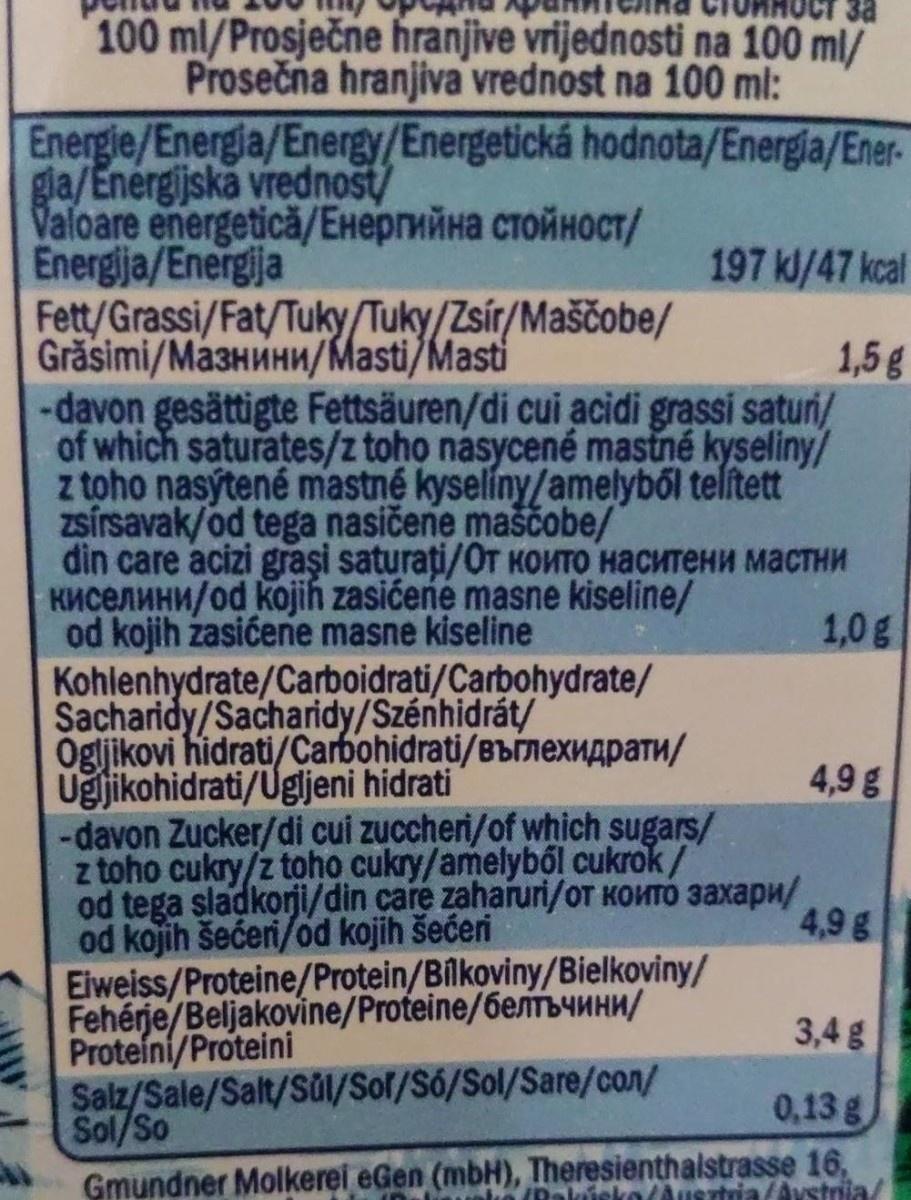
3a
100 ml/Prosječne hranjive vrijednosti na 100 ml/
Prosečna hranjiva vrednost na 100 ml:
Energie/Energia/Energy/Energetická hodnota/Energia/Ener- gla/Enérgijska vrednost/ Valoare energetica/Eнергийна стойност/ Energija/Energija Fett/Grassi/Fat/Tuky/Tuky/Zsír/Maščobe/
197 kl/47 kcal
Grăsimi/Ma3HMHW/lastsir/Maščobe/ -davon gesättigte Fettsäuren/di cui acidi grassi saturi/ of which saturates/z toho nasycené mastné kyseliny/ z toho nasýtené mastné kyselíny/amelyből telített zsírsavak/od tega nasičene maščobe/ din care acizi graşi saturați/OT KONTO HACHTEHN MACTHN KUCEANHN/od kojih zasićené masne kiseline/ od kojih zasićene masne kiseline Kohlenhydrate/Carboidrati/Carbohydrate/ Sacharidy/Sacharidy/Szénhidrát/ Ögljikovi hidrati/Carbohidrati/Bbrnexnapatu/ Ugjikohidrati/Ugljeni hidrati -davon Zucker/di cui zuccheri/of which sugars/ z toho cukry/z toho cukry/amelyből cukrok / od tega sladkorji/din care zaharuri/oT KOHTÓ 3axapu/ od kojih šećeri/od kojih šećeri Eiweiss/Proteine/Protein/Bilkoviny/Bielkoviny/ Fehérje/Beljakovine/Proteine/6emb4UH/ Proteíni/Proteini Salz/Sale/Salt/Sůl/Sof/Só/Sol/Sare/con/ Sol/So Gmundner Molkerei eGen (mbH), Theresienthalstrasse 16,
1,5g
1,0g
4,9 g
4,9g
3,4g
0,13 g
Rakúeko/Ausztria/Aystrija/